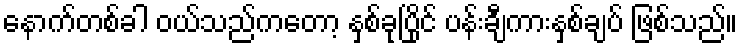
နောက်တစ်ခါ ဝယ်သည်ကတော့ နှစ်ခုပြိုင် ပန်းချီကားနှစ်ချပ် ဖြစ်သည်။